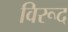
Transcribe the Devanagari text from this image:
विरूद